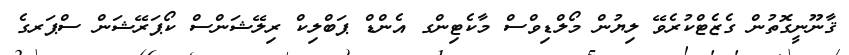
ޤާނޫނީގޮތުން ގެޒެޓްކުރެވޭ ލިޔުން މޯލްޑިވްސް މާކެޓިންގ އެންޑް ޕަބްލިކް ރިލޭޝަންސް ކޯޕަރޭޝަން ސްޕަރގެ